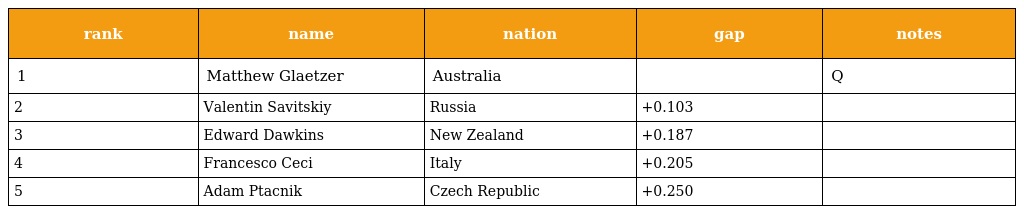
| rank | name | nation | gap | notes |
 | --- | --- | --- | --- | --- |
 | 1 | Matthew Glaetzer | Australia |  | Q |
 | 2 | Valentin Savitskiy | Russia | +0.103 |  |
 | 3 | Edward Dawkins | New Zealand | +0.187 |  |
 | 4 | Francesco Ceci | Italy | +0.205 |  |
 | 5 | Adam Ptacnik | Czech Republic | +0.250 |  |